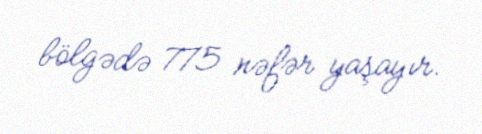
bölgədə 775 nəfər yaşayır.